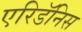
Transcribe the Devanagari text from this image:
एरिडॅनिस